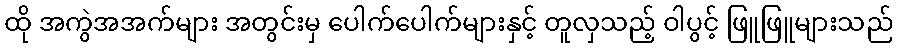
ထို အကွဲအအက်များ အတွင်းမှ ပေါက်ပေါက်များနှင့် တူလှသည့် ဝါပွင့် ဖြူဖြူများသည်